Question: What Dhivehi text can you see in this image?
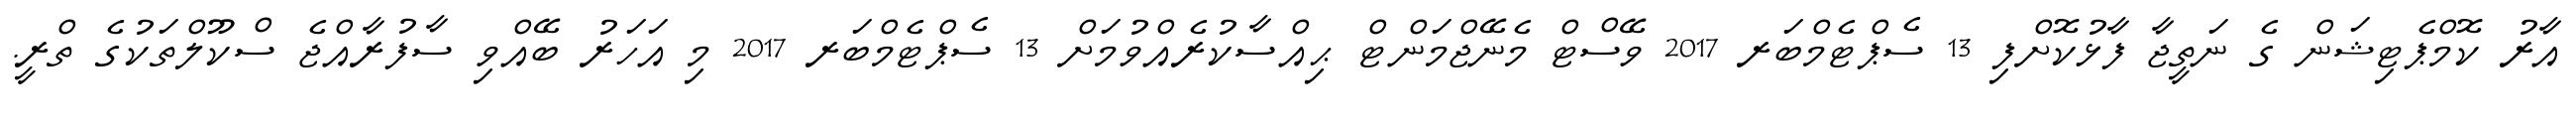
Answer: އާރު ކޮމްޕެޓިޝަން ގެ ނަތީޖާ ފާޅުކޮށްފި 13 ސެޕްޓެމްބަރ 2017 ވޭސްޓް މެނޭޖްމަންޓް ޙިއްސާކުރެއްވުމަށް 13 ސެޕްޓެމްބަރ 2017 މި އަހަރު ބޭއްވި ސާފުރާއްޖެ ސްކޫލްތަކުގެ ތްރީ.